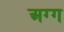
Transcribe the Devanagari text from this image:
अग्ग